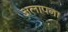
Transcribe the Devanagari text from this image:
अलापना